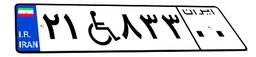
۲۱W۸۳۳۰۰